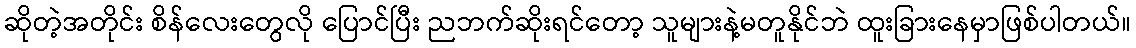
ဆိုတဲ့အတိုင်း စိန်လေးတွေလို ပြောင်ပြီး ညဘက်ဆိုးရင်တော့ သူများနဲ့မတူနိုင်ဘဲ ထူးခြားနေမှာဖြစ်ပါတယ်။